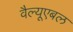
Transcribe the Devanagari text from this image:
वैल्यूएबल